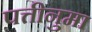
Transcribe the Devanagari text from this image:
पत्तीनुमा